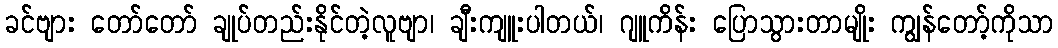
ခင်ဗျား တော်တော် ချုပ်တည်းနိုင်တဲ့လူဗျာ၊ ချီးကျူးပါတယ်၊ ဂျူကိန်း ပြောသွားတာမျိုး ကျွန်တော့်ကိုသာ